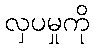
လှပမှုကို